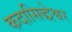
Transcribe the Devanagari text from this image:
कदासिद्धेश्वर